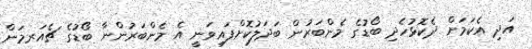
އަދި އެކަމަށް ދެކޮޅުހެދި ބޯޑުގެ މެންބަރުން ބަދަލުކޮށްފައިވަނީ އެ މެންބަރުންނާ ބޯޑުގެ ޗެއަރމަން